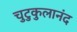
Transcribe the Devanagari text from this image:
चुटुकुलानंद